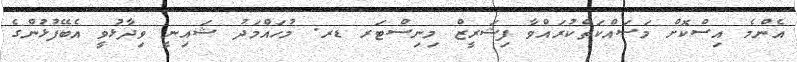
އެންމެ އިސްކޮށް މަސައްކަތްކުރައްވާ ފިޝަރީޒް މިނިސްޓަރ ޑރ. މުހައްމަދު ޝައިނީ ވިދާޅުވީ އެބޭފުޅުންގެ